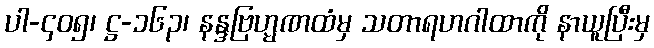
ပါ-၄၀၅၊ ဋ္ဌ-၁၆၃၊ နန္ဒဗြဟ္မဏထံမှ သတာရဟဂါထာကို နာယူပြီးမှ